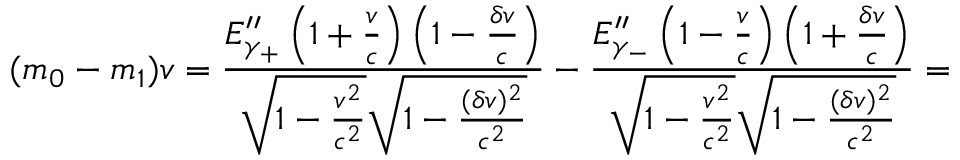
( m _ { 0 } - m _ { 1 } ) v = \frac { E _ { \gamma _ { + } } ^ { \prime \prime } \left( 1 + \frac { v } { c } \right) \left( 1 - \frac { \delta v } { c } \right) } { \sqrt { 1 - \frac { v ^ { 2 } } { c ^ { 2 } } } \sqrt { 1 - \frac { ( \delta v ) ^ { 2 } } { c ^ { 2 } } } } - \frac { E _ { \gamma _ { - } } ^ { \prime \prime } \left( 1 - \frac { v } { c } \right) \left( 1 + \frac { \delta v } { c } \right) } { \sqrt { 1 - \frac { v ^ { 2 } } { c ^ { 2 } } } \sqrt { 1 - \frac { ( \delta v ) ^ { 2 } } { c ^ { 2 } } } } =